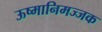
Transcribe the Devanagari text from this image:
ऊष्मानिमज्जक